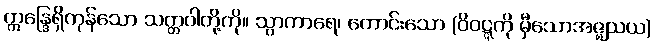
ဣန္ဒြေရှိကုန်သော သတ္တဝါတို့ကို။ သွာကာရေ၊ ကောင်းသော (ဝိဝဋ္ဋကို မှီသောအဇ္ဈသယ)